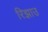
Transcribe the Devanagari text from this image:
रिझाउ